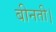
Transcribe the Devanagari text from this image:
बीनती।